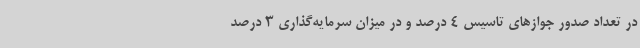
در تعداد صدور جوازهای تاسیس 4 درصد و در میزان سرمایه‌گذاری 3 درصد